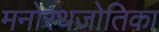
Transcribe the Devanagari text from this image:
मनोरथजोतिका